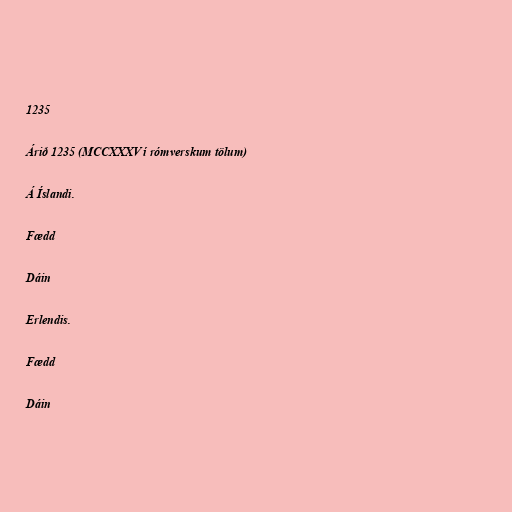
1235

Árið 1235 (MCCXXXV í rómverskum tölum)

Á Íslandi.

Fædd

Dáin

Erlendis.

Fædd

Dáin